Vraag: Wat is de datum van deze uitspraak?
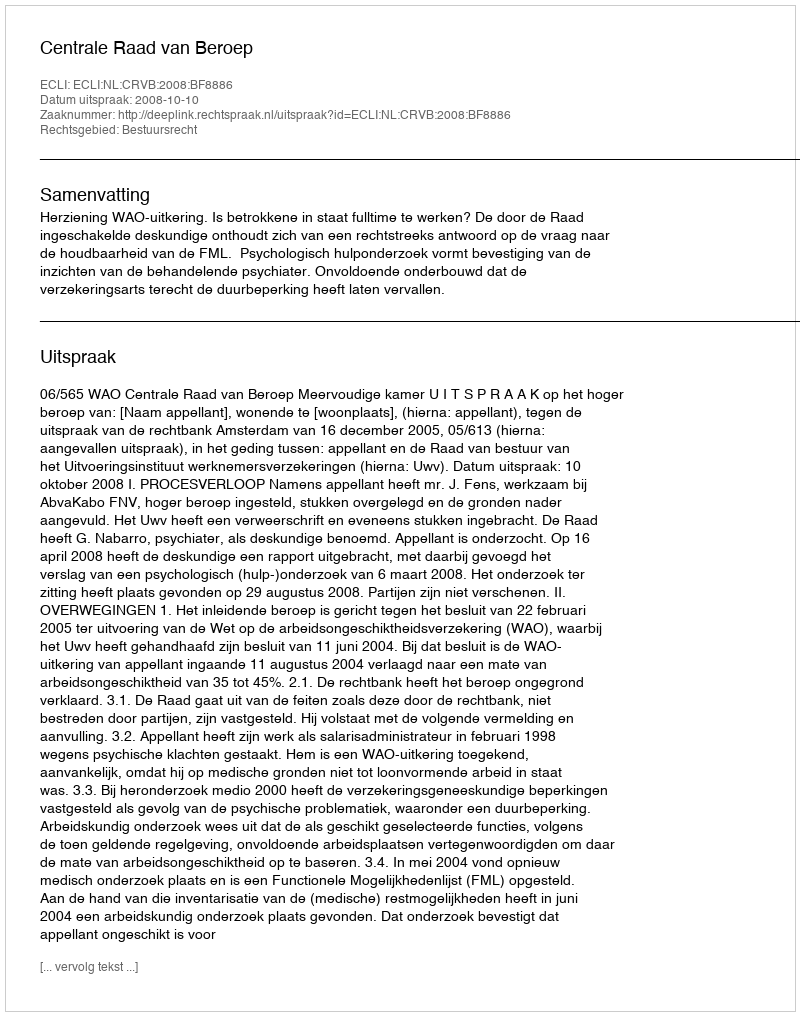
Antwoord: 2008-10-10